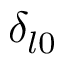
\delta _ { l 0 }